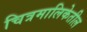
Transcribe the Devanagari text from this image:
चित्रमालिकेतील